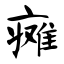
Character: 瘫